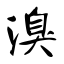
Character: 溴